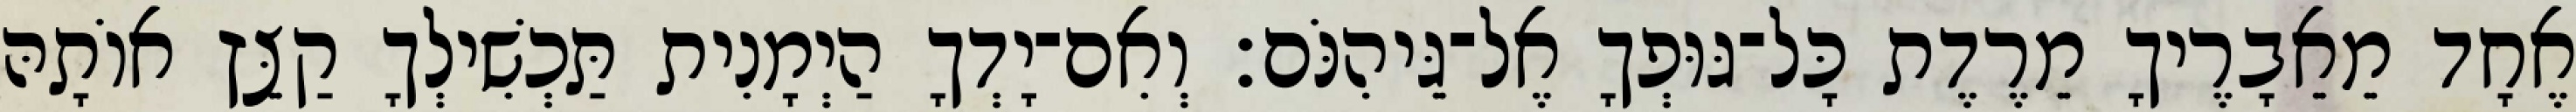
אֶחָד מֵאֵבָרֶיךָ מֵרֶדֶת כָּל־גּוּפְךָ אֶל־גֵּיהִנֹּם׃ וְאִם־יָדְךָ הַיְמָנִית תַּכְשִׁילְךָ קַצֵּץ אוֹתָהּ